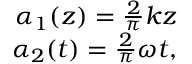
\begin{array} { r } { \alpha _ { 1 } ( z ) = \frac { 2 } { \pi } k z } \\ { \alpha _ { 2 } ( t ) = \frac { 2 } { \pi } \omega t , } \end{array}